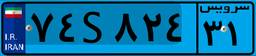
۷۴S۸۲۴۳۱